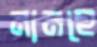
নানহে